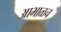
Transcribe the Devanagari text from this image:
आभाळच